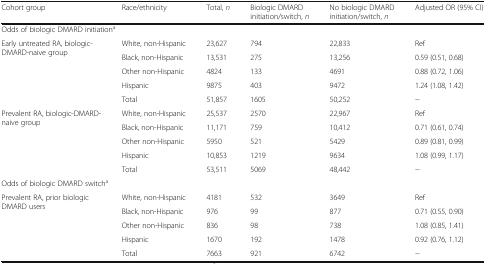
| Cohort group | Race/ethnicity | Total, n | Biologic DMARD initiation/switch, n | No biologic DMARD initiation/switch, n | Adjusted OR (95% CI) |
 | --- | --- | --- | --- | --- | --- |
 | <COLSPAN=6> Odds of biologic DMARD initiationa |
 | <ROWSPAN=4> Early untreated RA, biologic-DMARD-naive group | White, non-Hispanic | 23,627 | 794 | 22,833 | Ref |
 | Black, non-Hispanic | 13,531 | 275 | 13,256 | 0.59 (0.51, 0.68) |
 | Other non-Hispanic | 4824 | 133 | 4691 | 0.88 (0.72, 1.06) |
 | Hispanic | 9875 | 403 | 9472 | 1.24 (1.08, 1.42) |
 |  | Total | 51,857 | 1605 | 50,252 | − |
 | <ROWSPAN=5> Prevalent RA, biologic-DMARD-naive group | White, non-Hispanic | 25,537 | 2570 | 22,967 | Ref |
 | Black, non-Hispanic | 11,171 | 759 | 10,412 | 0.71 (0.61, 0.74) |
 | Other non-Hispanic | 5950 | 521 | 5429 | 0.89 (0.81, 0.99) |
 | Hispanic | 10,853 | 1219 | 9634 | 1.08 (0.99, 1.17) |
 | Total | 53,511 | 5069 | 48,442 | − |
 | <COLSPAN=6> Odds of biologic DMARD switcha |
 | <ROWSPAN=4> Prevalent RA, prior biologic DMARD users | White, non-Hispanic | 4181 | 532 | 3649 | Ref |
 | Black, non-Hispanic | 976 | 99 | 877 | 0.71 (0.55, 0.90) |
 | Other non-Hispanic | 836 | 98 | 738 | 1.08 (0.85, 1.41) |
 | Hispanic | 1670 | 192 | 1478 | 0.92 (0.76, 1.12) |
 |  | Total | 7663 | 921 | 6742 | − |